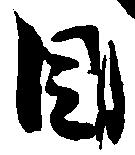
目